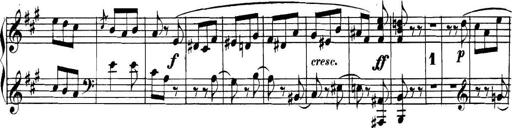
Title: Collected Piano Sonatas
Composer: Muzio Clementi